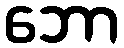
ဘော